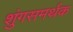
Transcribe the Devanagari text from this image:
शुंगसमर्थक